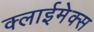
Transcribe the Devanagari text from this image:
क्लाईमेक्स